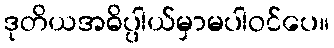
ဒုတိယအဓိပ္ပါယ်မှာမပါဝင်ပေ။